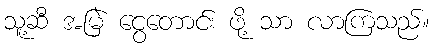
သူ့ဆီ အမြဲ ငွေတောင်း ဖို့ သာ လာကြသည်။